Report of the Indian Hemp Drugs Commission, 1894-1895 - Volume VII
Year: 1894
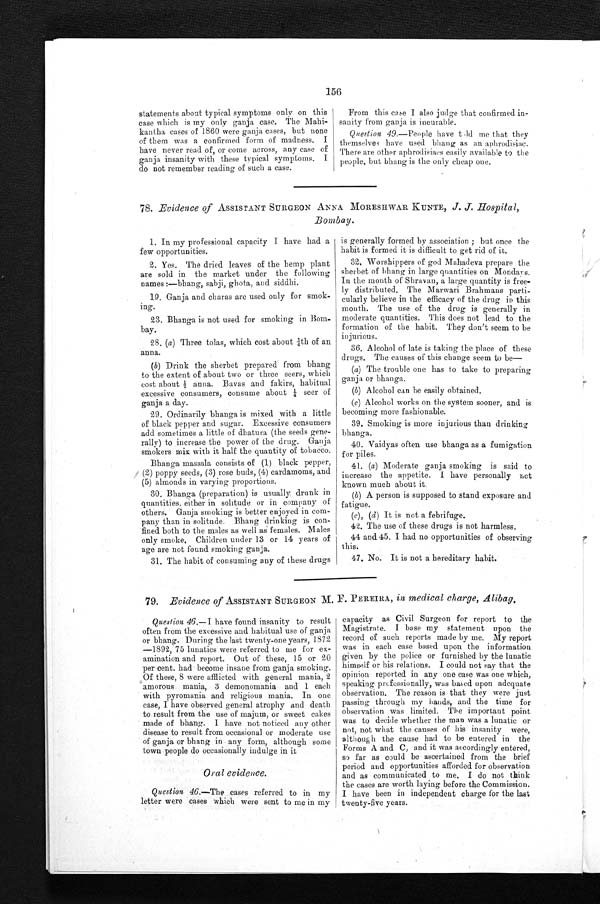
156
statements about typical symptoms only on this
case which is my only ganja case. The Mahi-
kantha cases of 1860 were ganja cases, but none
of them was a confirmed form of madness. I
have never read of, or come across, any case of
ganja insanity with these typical symptoms. I
do not remember reading of such a case.
From this case I also judge that confirmed in-
sanity from ganja is incurable.
Question 49 .—People have told me that they
themselves have used bhang as an aphrodisiac.
There are other aphrodisiacs easily available to the
people, but bhang is the only cheap one.
78. Evidence of ASSISTANT SURGEON ANNA MORESHWAR KUNTE, J. J. Hospital,
Bombay.
1. In my professional capacity I have had a
few opportunities.
2. Yes. The dried leaves of the hemp plant
are sold in the market under the following
names :—bhang, sabji, ghota, and siddhi.
19. Ganja and charas are used only for smok-
ing.
23. Bhanga is not used for smoking in Bom-
bay.
28. (a) Three tolas, which cost about ¼th of an
anna.
(b) Drink the sherbet prepared from bhang
to the extent of about two or three seers, which
c o s t a b o u t ½ a n n a . Ba v a s a n d f a k i r s , h a b i t u a l
excessive consumers, consume about ¼s e e r o f
ganja a day.
29. Ordinarily bhanga is mixed with a little
of black pepper and sugar. Excessive consumers
add sometimes a little of dhatura (the seeds gene-
rally) to increase the power of the drug. Ganja
smokers mix with it half the quantity of tobacco.
Bhanga massala consists of (1) black pepper,
(2) poppy seeds, (3) rose buds, (4) cardamoms, and
(5) almonds in varying proportions.
30.
Bhang (preparation) is usually drunk in
quantities. either in solitude or in company of
others. Ganja smoking is better enjoyed in com-
pany than in solitude. Bhang drinking is con-
fined both to the males as well as females. Males
only smoke. Children under 13 or 14 years of
age are not found smoking . ganja.
31. The habit of consuming any of these drugs
is generally formed by association ; but once the
habit is formed it is difficult to get rid of it.
32. Worshippers of god Mahadeva prepare the
sherbet of bhang in large quantities on Mondays.
In the month of Shravan, a large quantity is free-
ly distributed. The Marwari Brahmans parti-
cularly believe in the efficacy of the drug in this
mouth. The use of the drug is generally in
moderate quantities. This does not lead to the
formation of the habit. They don't seem to be
injurious.
36. Alcohol of late is taking the place of these
drugs. The causes of this change seem to be—
(a) The trouble one has to take to preparing
ganja or bhanga.
(b) Alcohol can be easily obtained.
(c) Alcohol works on the system sooner, and is
becoming more fashionable.
39. Smoking is more injurious than drinking
bhanga.
40. Vaidyas often use bhanga as a fumigation
for piles.
41. (a) Moderate ganja smoking is said to
increase the appetite. I have personally not
known much about it.
(b) A person is supposed to stand exposure and
fatigue.
(c), (d) It is not a febrifuge.
42. The use of these drugs is not harmless.
44 and 45. I had no opportunities of observing
this.
47. No. It is not a hereditary habit.
79. Evidence of ASSISTANT SURGEON M. F. PEREIRA, in medical charge, Alibag,
Question 46.—I have found insanity to result
often from the excessive and habitual use of ganja
or bhang. During the last twenty-one years, 1872
—1892, 75 lunatics were referred to me for ex-
amination and report. Out of these, 15 or 20
per cent. had become insane from ganja smoking.
Of t h e s e , 8 we r e a f f l i c t e d wi t h g e n e r a l ma n i a , 2
amorous mania, 3 demonomania and 1 each
with pyromania and religious mania. In one
ease, I have observed general atrophy and death
to result from the use of majum, or sweet cakes
made of bhang. I have not noticed any other
disease to result from occasional or moderate use
of ganja or bhang in any form, although some
town people do occasionally indulge in it
oral evidence.
Question 46 .—The cases referred to in my
letter were cases which were sent to me in my
capacity as Civil Surgeon for report to the
Magistrate. I base my statement upon the
record of such reports made by me. My report
was in each case based upon the information
given by the police or furnished by the lunatic
himself or his relations. I could not say that the
opinion reported in any one case was one which,
speaking professionally, was based upon adequate
observation. The reason is that they were just
passing through my hands, and the time for
observation was limited. The important point
was to decide whether the man was a lunatic or
not, not what the causes of his insanity were,
although the cause had to be entered in the
Forms A and C, and it was accordingly entered,
so far as could be ascertained from the brief
period and opportunities afforded for observation
and as communicated to me. I do not think
the eases are worth laying before the Commission.
I have been in independent charge for the last
twenty-five years.